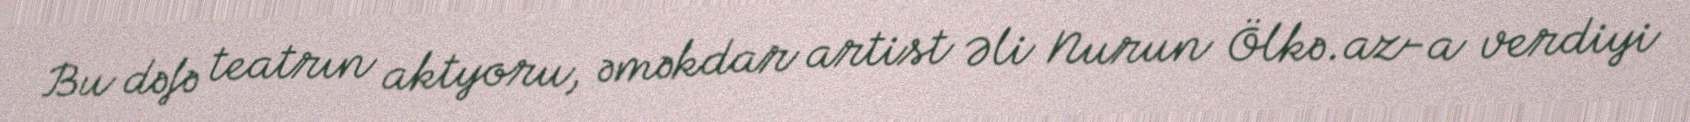
Bu dəfə teatrın aktyoru, əməkdar artist Əli Nurun Ölkə.az-a verdiyi